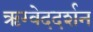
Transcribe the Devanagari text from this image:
ऋग्वेददर्शन